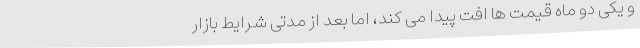
و یکی دو ماه قیمت ها افت پیدا می کند، اما بعد از مدتی شرایط بازار